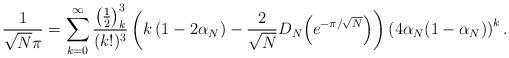
LaTeX: \begin{align*}\frac{1}{\sqrt{N}\pi}=\sum_{k=0}^\infty\frac{\left(\frac{1}{2}\right)_k^3}{(k!)^3}\left(k\left(1-2\alpha_N\right)-\frac{2}{\sqrt{N}}{D_N}\!\left(e^{-\pi/\sqrt{N}}\right)\right)\left(4\alpha_N(1-\alpha_N)\right)^k.\end{align*}